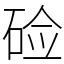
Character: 硷